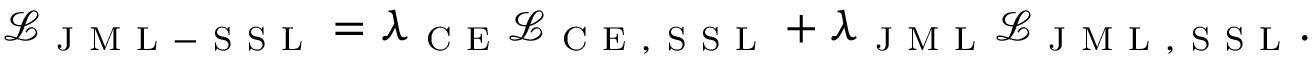
\mathcal { L } _ { \mathrm { ~ J ~ M ~ L ~ - ~ S ~ S ~ L ~ } } = \lambda _ { \mathrm { ~ C ~ E ~ } } \mathcal { L } _ { \mathrm { ~ C ~ E ~ , ~ S ~ S ~ L ~ } } + \lambda _ { \mathrm { ~ J ~ M ~ L ~ } } \mathcal { L } _ { \mathrm { ~ J ~ M ~ L ~ , ~ S ~ S ~ L ~ } } .